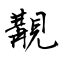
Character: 覯